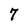
Character: 7